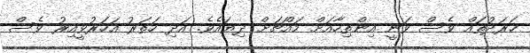
ޚަރަދުތައް ވެސް ވަނީ އިންތިހާއަށް މައްޗަށް ދިޔައެވެ. އަދި ހަތަރު އަހަރުވީއިރު ވެސް